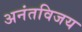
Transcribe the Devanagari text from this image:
अनंतविजय